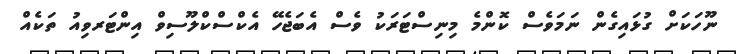
ނޫހަކަށް ގުޅައިގެން ނަމަވެސް ކޮންމެ މިނިސްޓަރަކު ވެސް އެބަޖެހޭ އެކްސްކްލޫސިވް އިންޓަރވިއު ތަކެއް